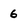
Character: 6